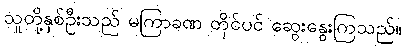
သူတို့နှစ်ဦးသည် မကြာခဏ တိုင်ပင် ဆွေးနွေးကြသည်။